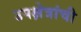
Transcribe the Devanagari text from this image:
उपक्षेत्रांची